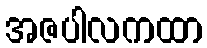
အဇပါလကထာ